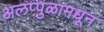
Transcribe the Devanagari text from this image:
अलप्पुळामधून